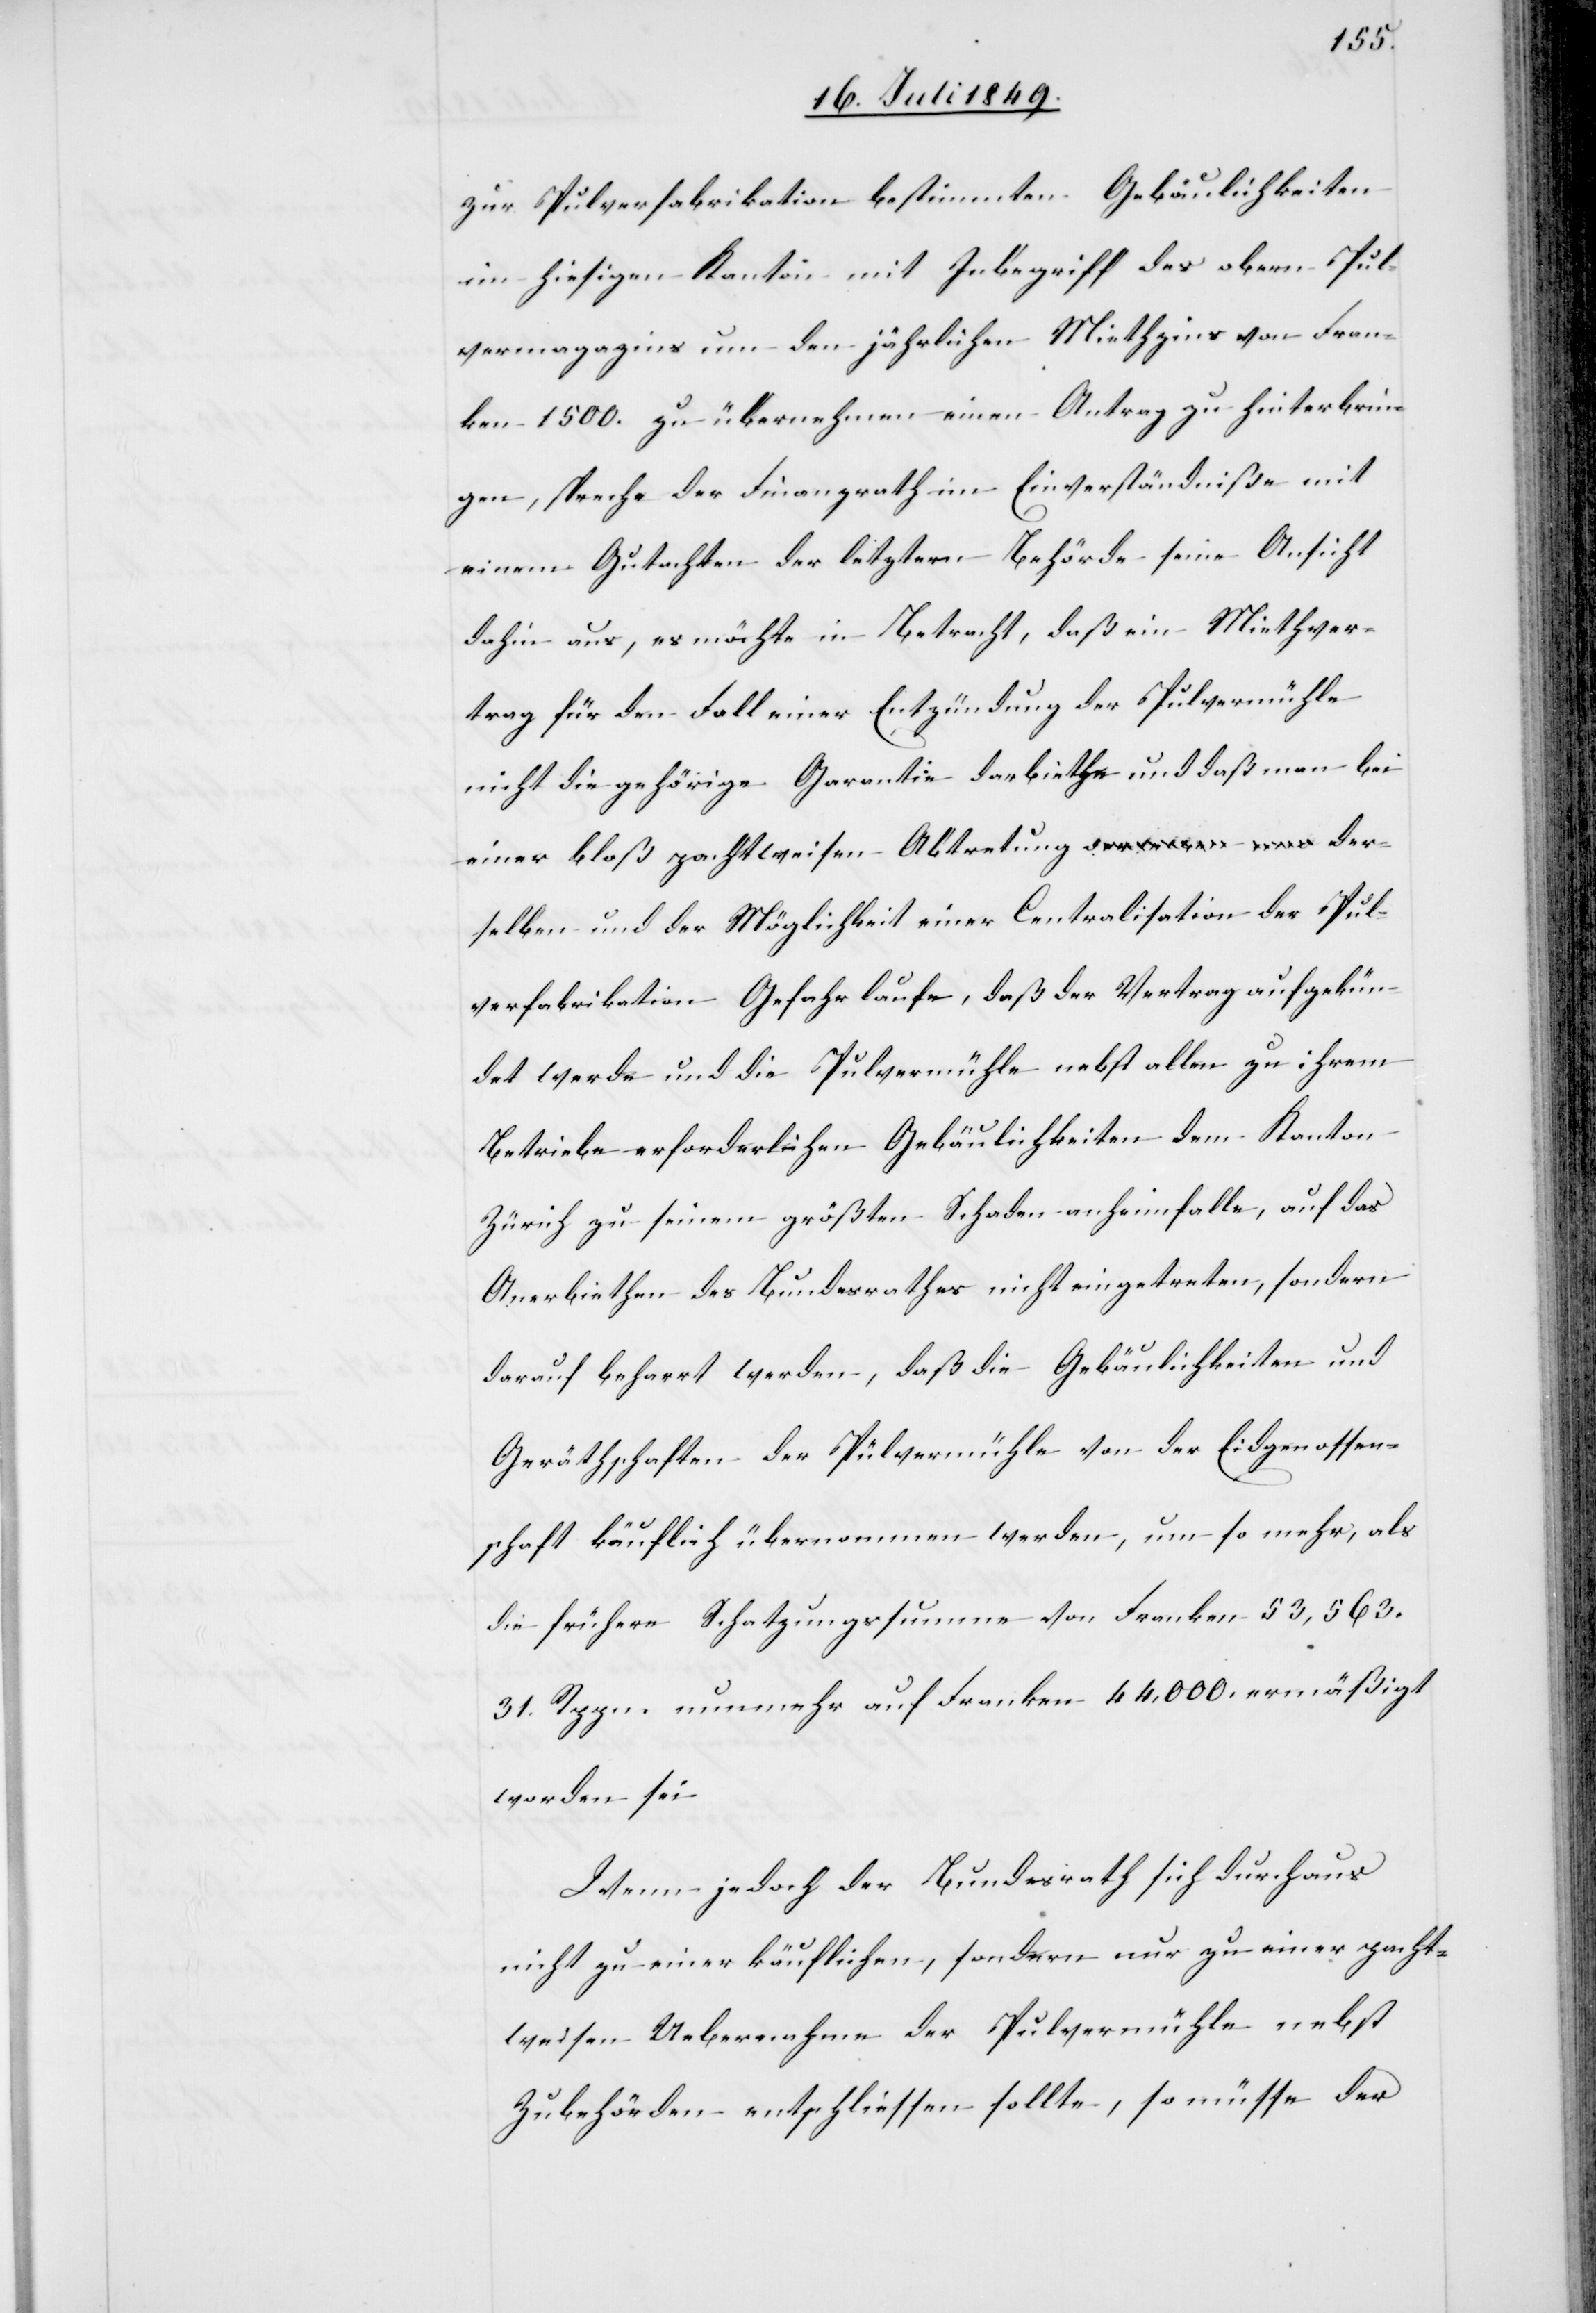
zur Pulverfabrikation bestimmten Gebäulichkeiten
in hiesigen Kanton mit Inbegriff des obern Pul¬
vermagazins um den jährlichen Miethzins von Fran¬
ken 1500. zu übernehmen einen Antrag zu hinterbrin¬
gen, spreche der Finanzrath im Einverständniße mit
einem Gutachten der letztern Behörde seine Ansicht
dahin aus, es möchte in Betracht, daß ein Miethver¬
trag für den Fall einer Entzündung der Pulvermühle
nicht die gehörige Garantie darbiethen und daß man bei
einer bloß pachtweisen Abtretung derselben und der
Pulverfabrikation Gefahr laufe, daß der Vertrag aufgekün¬
det werde und die Pulvermühle nebst allen zu ihrem
Betriebe erforderlichen Gebäulichkeiten dem Kanton
Zürich zu seinem größten Schaden anheim falle, auf das
Anerbiethen des Bundesrathes nicht eingetreten, sondern
darauf beharrt werden, daß die Gebäulichkeiten und
Geräthschaften der Pülvermühle [sic!] von der Eidgenossen¬
schaft käuflich übernommen werden, um so mehr, als
die frühere Schatzungssumme von Franken 53,563.
31. Rppn. nunmehr auf Franken 44,000. ermäßigt
worden sei.
Wenn jedoch der Bundesrath sich durchaus
nicht einer käuflichen, sondern nur zu einer pacht¬
weisen Uebernahme der Pulvermühle nebst
Zubehörden entschliessen sollte, so müsse der